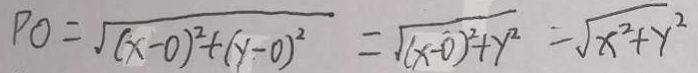
P O = \sqrt { ( x - 0 ) ^ { 2 } + ( y - 0 ) ^ { 2 } } = \sqrt { ( x - 0 ) ^ { 2 } + y ^ { 2 } } = \sqrt { x ^ { 2 } + y ^ { 2 } }